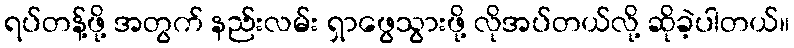
ရပ်တန့်ဖို့ အတွက် နည်းလမ်း ရှာဖွေသွားဖို့ လိုအပ်တယ်လို့ ဆိုခဲ့ပါတယ်။